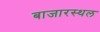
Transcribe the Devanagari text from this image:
बाजारस्थल